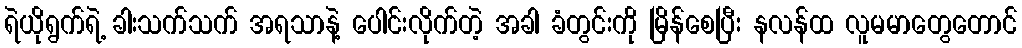
ရဲယိုရွက်ရဲ့ ခါးသက်သက် အရသာနဲ့ ပေါင်းလိုက်တဲ့ အခါ ခံတွင်းကို မြိန်စေပြီး နလန်ထ လူမမာတွေတောင်